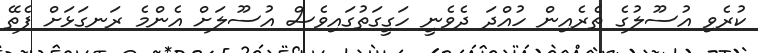
ކުރެވި އުސޫލުގެ ތެރެއިން ހުއްދަ ދެވެނީ ހަގީގަތުގައިވެސް އުސޫލަށް އެންމެ ރަނގަޅަށް ފެތޭ